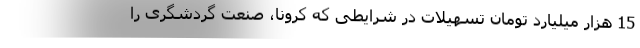
15 هزار میلیارد تومان تسهیلات در شرایطی که کرونا، صنعت گردشگری را